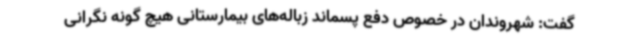
گفت: شهروندان در خصوص دفع پسماند زباله‌های بیمارستانی هیچ گونه نگرانی